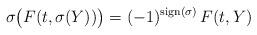
LaTeX: \begin{align*} \sigma\bigl( F(t,\sigma(Y))\bigr) = (-1)^{\mathrm{sign}(\sigma)} \,F(t, Y) \end{align*}